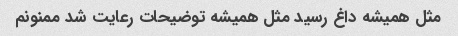
مثل همیشه داغ رسید مثل همیشه توضیحات رعایت شد ممنونم